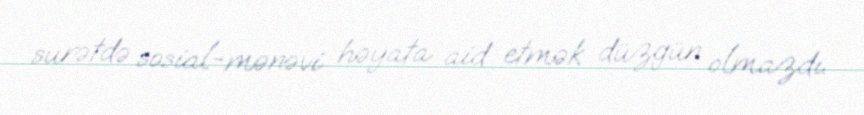
surətdə sosial-mənəvi həyata aid etmək düzgün olmazdı.